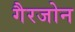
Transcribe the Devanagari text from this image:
गैरजोन